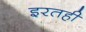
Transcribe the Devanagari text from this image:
इरतही